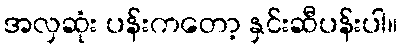
အလှဆုံး ပန်းကတော့ နှင်းဆီပန်းပါ။